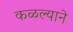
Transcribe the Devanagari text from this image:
कळल्याने